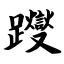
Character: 躞